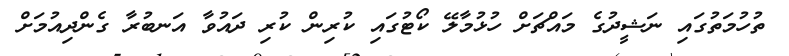
ތުހުމަތުގައި ނަޝީދުގެ މައްޗަށް ހުޅުމާލޭ ކޯޓުގައި ކުރިން ކުރި ދައުވާ އަނބުރާ ގެންދިއުމަށް